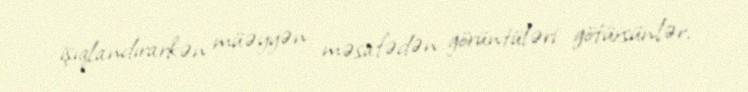
işıqlandırarkən müəyyən məsafədən görüntüləri götürsünlər.